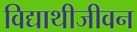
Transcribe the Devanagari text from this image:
विद्याथीजीवन